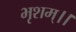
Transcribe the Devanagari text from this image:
भृशम्।।